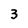
Character: 3